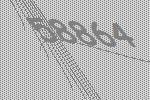
58864